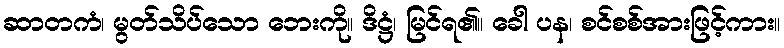
ဆာတကံ၊ မွတ်သိပ်သော ဘေးကို။ ဒိဋ္ဌံ၊ မြင်ရ၏။ ခေါ ပန၊ စင်စစ်အားဖြင့်ကား။